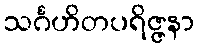
သင်္ဂဟိတပရိဇ္ဇနာ